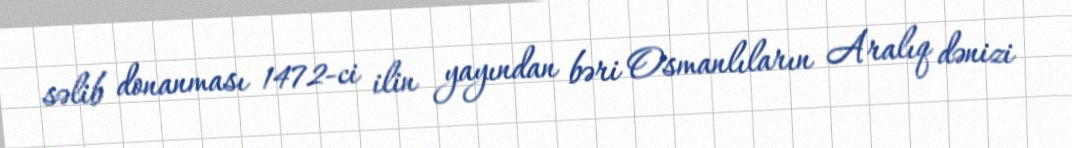
səlib donanması 1472-ci ilin yayından bəri Osmanlıların Aralıq dənizi